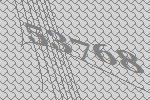
53768